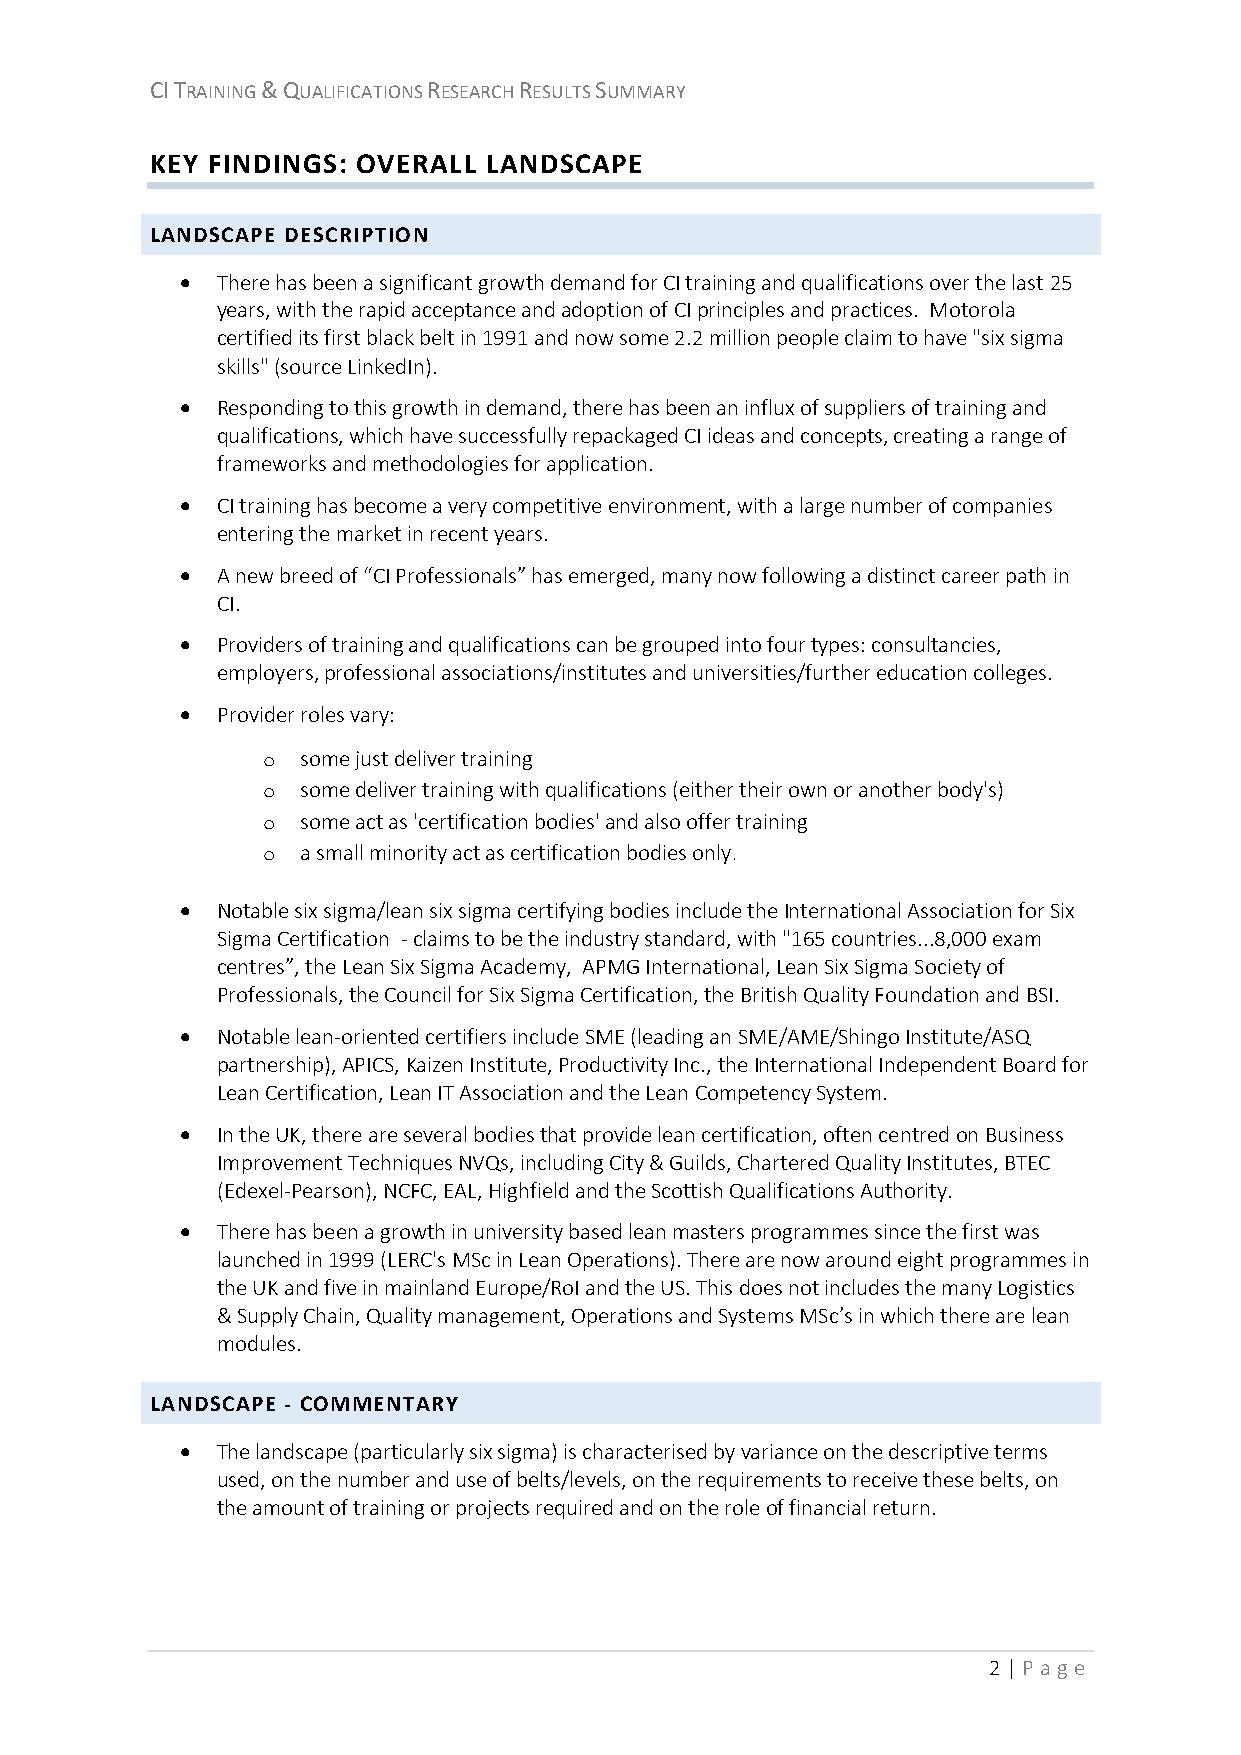
CI TRAINING & QUALIFICATIONS RESEARCH RESULTS SUMMARY
 KEY FINDINGS: OVERALL LANDSCAPE
 LANDSCAPE DESCRIPTION
  There has been a significant growth demand for CI training and qualifications over the last 25
 years, with the rapid acceptance and adoption of CI principles and practices. Motorola
 certified its first black belt in 1991 and now some 2.2 million people claim to have "six sigma
 skills" (source LinkedIn).
  Responding to this growth in demand, there has been an influx of suppliers of training and
 qualifications, which have successfully repackaged CI ideas and concepts, creating a range of
 frameworks and methodologies for application.
  CI training has become a very competitive environment, with a large number of companies
 entering the market in recent years.
  A new breed of “CI Professionals” has emerged, many now following a distinct career path in
 CI.
  Providers of training and qualifications can be grouped into four types: consultancies,
 employers, professional associations/institutes and universities/further education colleges.
  Provider roles vary:
 o  some just deliver training
 o  some deliver training with qualifications (either their own or another body's)
 o  some act as 'certification bodies' and also offer training
 o  a small minority act as certification bodies only.
  Notable six sigma/lean six sigma certifying bodies include the International Association for Six
 Sigma Certification - claims to be the industry standard, with "165 countries...8,000 exam
 centres”, the Lean Six Sigma Academy, APMG International, Lean Six Sigma Society of
 Professionals, the Council for Six Sigma Certification, the British Quality Foundation and BSI.
  Notable lean-oriented certifiers include SME (leading an SME/AME/Shingo Institute/ASQ
 partnership), APICS, Kaizen Institute, Productivity Inc., the International Independent Board for
 Lean Certification, Lean IT Association and the Lean Competency System.
  In the UK, there are several bodies that provide lean certification, often centred on Business
 Improvement Techniques NVQs, including City & Guilds, Chartered Quality Institutes, BTEC
 (Edexel-Pearson), NCFC, EAL, Highfield and the Scottish Qualifications Authority.
  There has been a growth in university based lean masters programmes since the first was
 launched in 1999 (LERC's MSc in Lean Operations). There are now around eight programmes in
 the UK and five in mainland Europe/RoI and the US. This does not includes the many Logistics
 & Supply Chain, Quality management, Operations and Systems MSc’s in which there are lean
 modules.
 LANDSCAPE - COMMENTARY
  The landscape (particularly six sigma) is characterised by variance on the descriptive terms
 used, on the number and use of belts/levels, on the requirements to receive these belts, on
 the amount of training or projects required and on the role of financial return.
 2 | P age